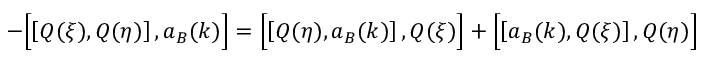
- \Bigl [ \left[ Q ( \xi ) , Q ( \eta ) \right] , a _ { B } ( k ) \Bigr ] = \Bigl [ \left[ Q ( \eta ) , a _ { B } ( k ) \right] , Q ( \xi ) \Bigr ] + \Bigl [ \left[ a _ { B } ( k ) , Q ( \xi ) \right] , Q ( \eta ) \Bigr ]